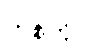
ဟစ်တိုင်